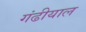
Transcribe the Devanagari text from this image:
गंढीयाल